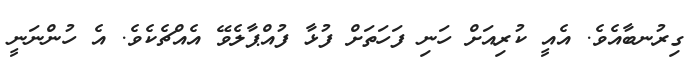
ގިރުނބާއެވެ. އެއީ ކުރިއަށް ހަނި ފަހަތަށް ފުޅާ ފުއްޕާލެވޭ އެއްޗެކެވެ. އެ ހުންނަނީ